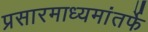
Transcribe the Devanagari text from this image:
प्रसारमाध्यमांतर्फे